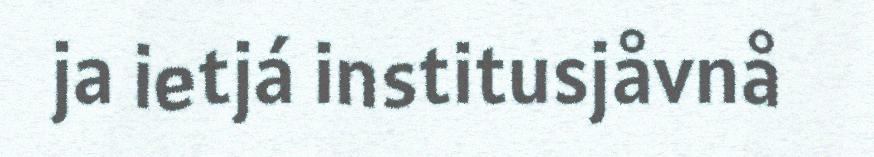
ja ietjá institusjåvnå